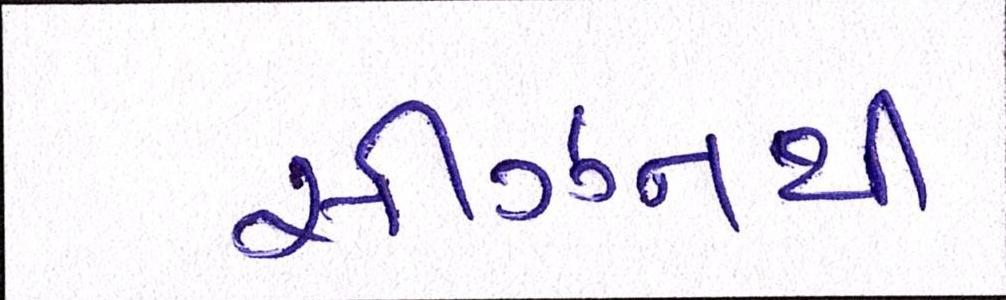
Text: સીઝનથી